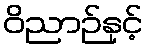
ဝိညာဉ်နှင့်